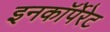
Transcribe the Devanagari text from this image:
इनकाॅर्पेरेट